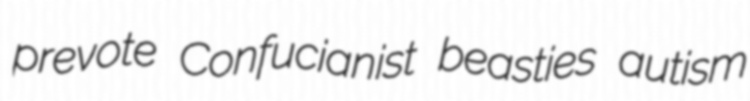
prevote Confucianist beasties autism